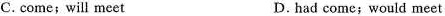
C. come; will meet D.had come; would meet